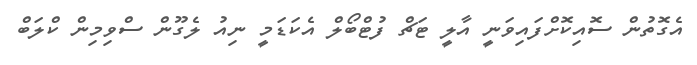
އެގޮތުން ސޮއިކޮށްފައިވަނީ އާލީ ޓަޗް ފުޓްބޯލް އެކަޑަމީ ނިއު ލެގޫން ސްވިމިން ކްލަބް